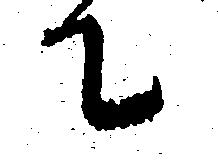
て